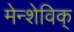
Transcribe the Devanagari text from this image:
मेन्शेविक्